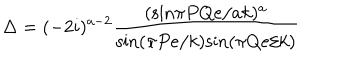
\Delta = ( - 2 i ) ^ { a - 2 } \frac { ( \mathrm { s i n } \pi P Q e / a k ) ^ { a } } { \mathrm { s i n } ( \pi P e / k ) \mathrm { s i n } ( \pi Q e / k ) }